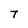
Character: 7